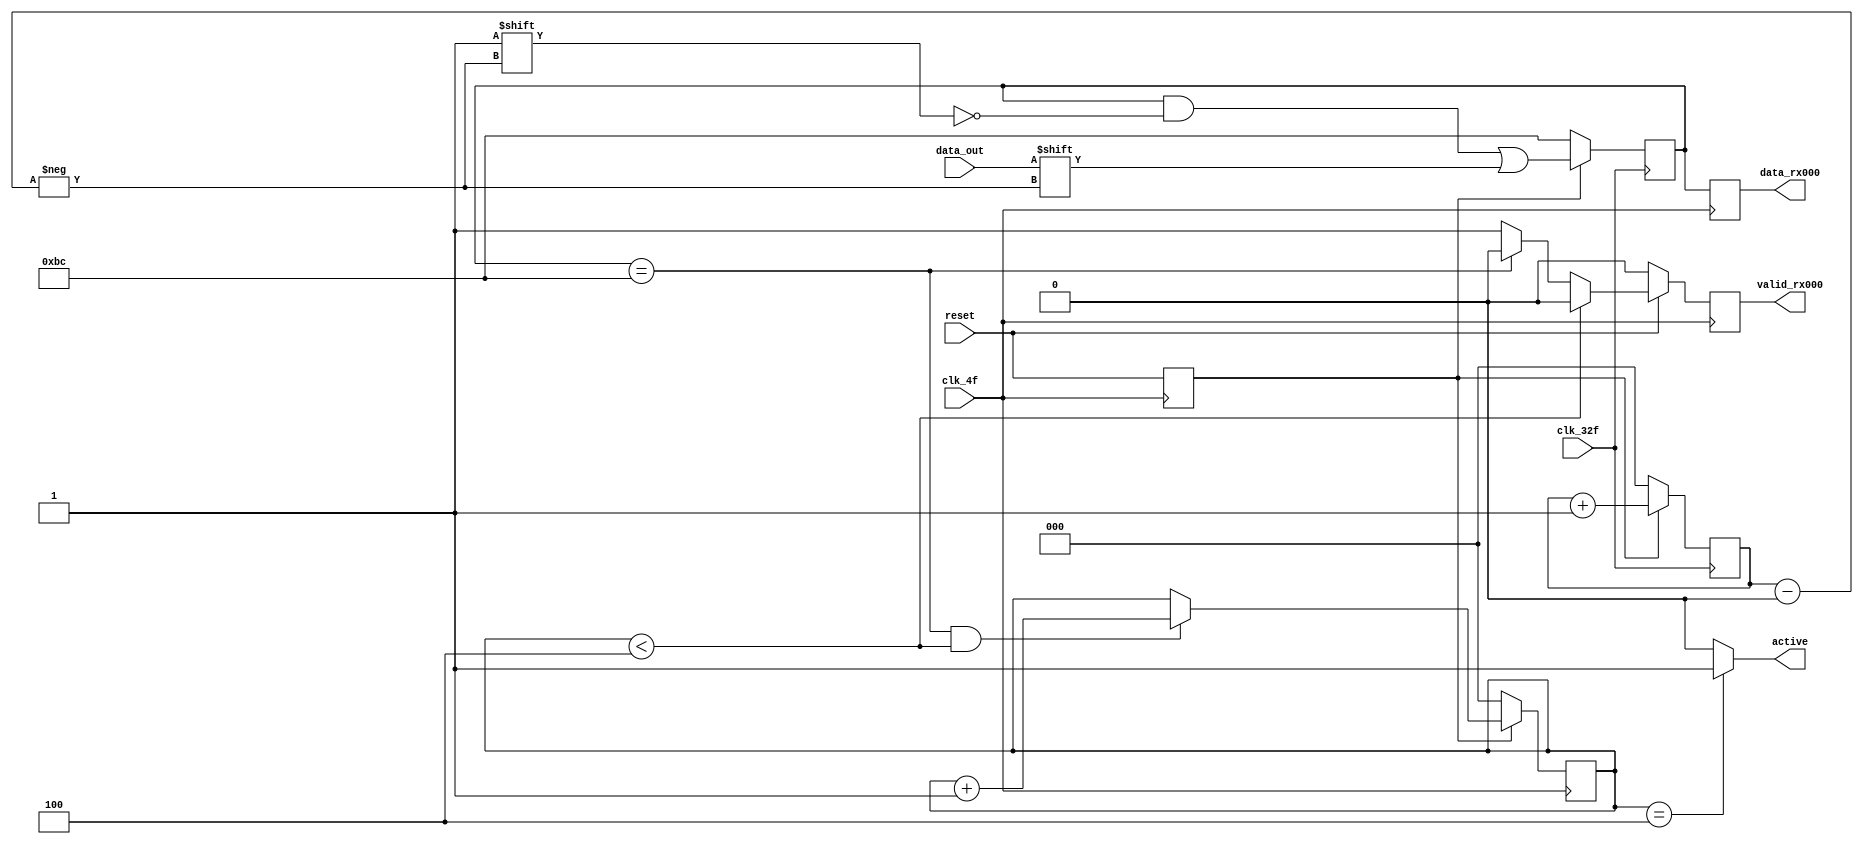
module serial_paralelo1( output reg [7:0] data_rx000,
			 output reg valid_rx000, active,
			 input wire data_out, reset,
			 input wire clk_4f, clk_32f );

   reg 				    reset_s;
   reg [2:0] 			    counter;
   reg [7:0] 			    container;
   reg [2:0] 			    BC_counter;
 			    
   

   always @( posedge clk_4f ) begin
      reset_s <= reset;
   end

   // CONTADOR INTERNO PARA CONTROLAR LA CREACION DEL
   // ARRAY PARA LA SENAL EN PARALELO
   always @( posedge clk_32f ) begin
      if( reset_s ) begin
	 counter <= counter + 1'b1;
      end
      else begin
	 counter <= 1'b0;
      end
   end

   // CONTENEDOR DE VALORES PARA LA CONSTRUCCION DE LA
   // SIGNAL EN PARALELO A PARTIR DE LA SIGNAL EN SERIE
   always @( negedge clk_32f ) begin
      if( reset_s ) begin
	 container[counter] <= data_out;
      end
      else begin
	 container <= 8'hbc;
      end
   end

   // LOGICA DEL BC_counter PARA CONTROLAR EL ACTIVE
   always @( posedge clk_4f ) begin
      if( !reset_s ) begin
	 BC_counter <= 3'b000;
      end
      else begin
	 if( container == 8'hbc && BC_counter < 3'b100 ) begin
	    BC_counter <= BC_counter + 3'b001;
	 end
	 else begin
	    BC_counter <= BC_counter;
	 end
      end // else: !if( !reset_s )
   end // always @ ( posedge clk_4f )

   // LOGICA DEL ACTIVE
   always @( * ) begin
      if( BC_counter == 3'b100 ) begin
	 active = 1'b1;
      end
      else begin
	 active = 1'b0;
      end
   end

   // LOGICA PARA MANERJAR EL valid_rx000
   always @( posedge clk_4f ) begin
      if( !reset ) begin
	 valid_rx000 <= 1'b0;
      end
      else begin
	 if( BC_counter < 3'b100 ) begin
	    valid_rx000 <= 1'b0;
	 end
	 else begin
	    if( container == 8'hbc ) begin
	       valid_rx000 <= 1'b0;
	    end
	    else begin
	       valid_rx000 <= 1'b1;
	    end
	 end // else: !if( BC_counter < 3'b100 )
      end
   end // always @ ( posedge clk_4f )
   
   always @( posedge clk_4f ) begin
      data_rx000 <= container;
   end
endmodule // serial_paralelo1